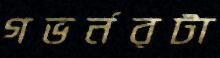
গভর্নরটা